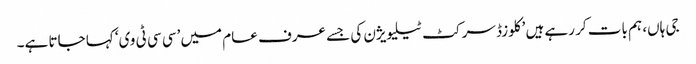
جی ہاں، ہم بات کر رہے ہیں ’کلوزڈ سرکٹ ٹیلیویژن کی جسے عرف عام میں ’سی سی ٹی وی‘ کہا جاتا ہے۔